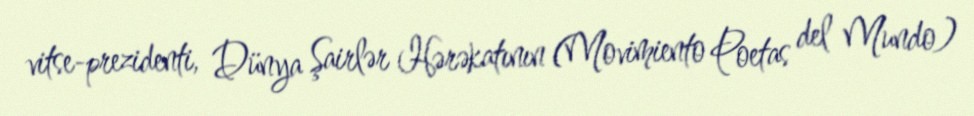
vitse-prezidenti, Dünya Şairlər Hərəkatının (Movimiento Poetas del Mundo)